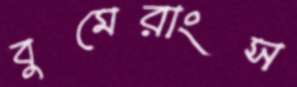
বুমেরাংস